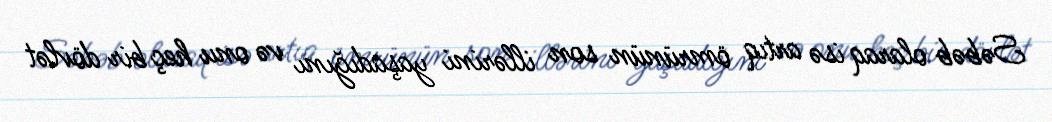
Səbəb olaraq isə artıq ömrünün son illərini yaşadığını və onu heç bir dövlət